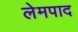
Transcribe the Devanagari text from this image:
लेमपाद